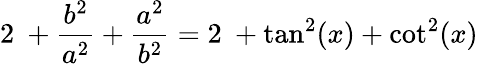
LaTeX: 2\ +{\frac{b^{2}}{a^{2}}}+{\frac{a^{2}}{b^{2}}}=2\ +\tan^{2}(x)+\cot^{2}(x)